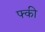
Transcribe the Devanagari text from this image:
फ्की